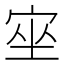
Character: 𡨠